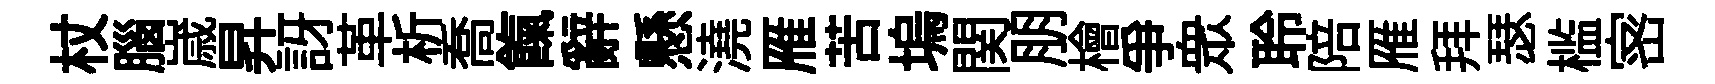
杖腦𡻕昇訝革析喬餼辭懸澆雁苦塢関朋檜争衆聆陪雁拜瑟槛宻